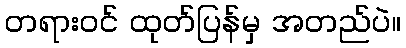
တရားဝင် ထုတ်ပြန်မှ အတည်ပဲ။